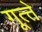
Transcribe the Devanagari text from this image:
गूत्त्ते